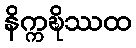
နိက္ကဍ္ဎိဿထ